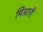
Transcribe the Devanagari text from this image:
मिआनी